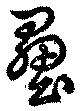
壘